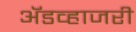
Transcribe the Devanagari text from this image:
ॲडव्हाजरी